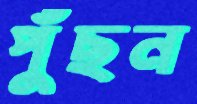
পুঁছন